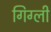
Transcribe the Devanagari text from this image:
गिग्ली